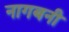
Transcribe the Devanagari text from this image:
नागबनी